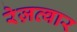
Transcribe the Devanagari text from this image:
रेज़व्वार